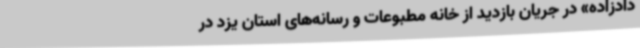
دادزاده» در جریان بازدید از خانه مطبوعات و رسانه‌های استان یزد در